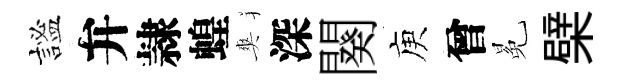
謐弁隷蝗爽深闋庾曾冕檗